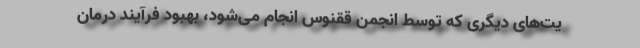
یت‌های دیگری که توسط انجمن ققنوس انجام می‌شود، بهبود فرآیند درمان